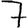
Digit: 7